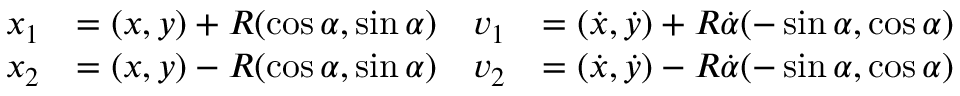
{ \begin{array} { r l r l } { x _ { 1 } } & { = ( x , y ) + R ( \cos \alpha , \sin \alpha ) } & { v _ { 1 } } & { = \left( { \dot { x } } , { \dot { y } } \right) + R { \dot { \alpha } } ( - \sin \alpha , \cos \alpha ) } \\ { x _ { 2 } } & { = ( x , y ) - R ( \cos \alpha , \sin \alpha ) } & { v _ { 2 } } & { = \left( { \dot { x } } , { \dot { y } } \right) - R { \dot { \alpha } } ( - \sin \alpha , \cos \alpha ) } \end{array} }